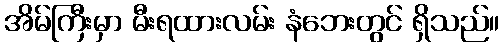
အိမ်ကြီးမှာ မီးရထားလမ်း နံဘေးတွင် ရှိသည်။